Vaccination in Bombay 1856-1862 - 1856-1862
Year: 1856
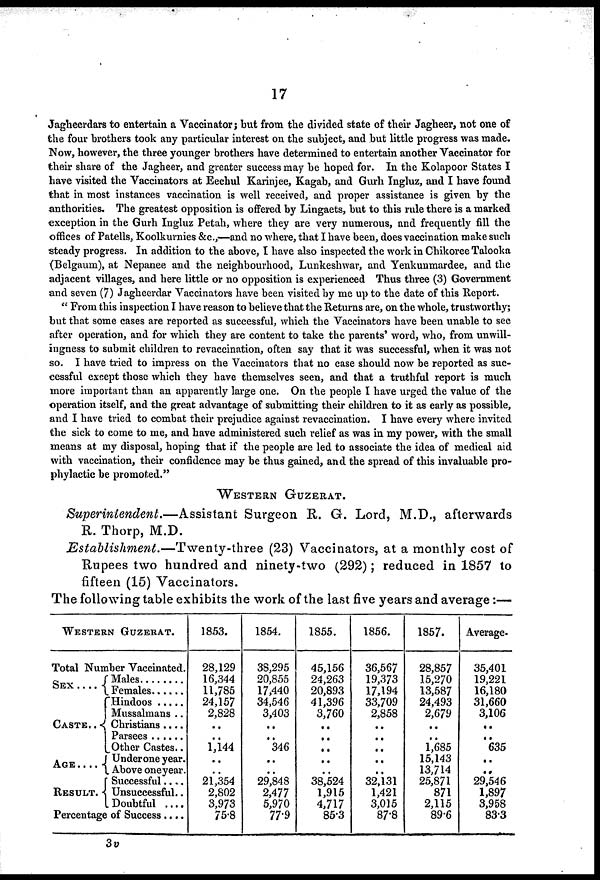
17
Jagheerdars to entertain a Vaccinator; but from the divided state of their Jagheer, not one of
the four brothers took any particular interest on the subject, and but little progress was made.
Now, however, the three younger brothers have determined to entertain another Vaccinator for
their share of the Jagheer, and greater success may be hoped for. In the Kolapoor States I
have visited the Vaccinators at Eechul Karinjee, Kagab, and Gurh Ingluz, and I have found
that in most instances vaccination is well received, and proper assistance is given by the
anthorities. The greatest opposition is offered by Lingaets, but to this rule there is a marked
exception in the Gurh Ingluz Petah, where they are very numerous, and frequently fill the
offices of Patells, Koolkurnies &c.,—and no where, that I have been, does vaccination make such
steady progress. In addition to the above, I have also inspected the work in Chikoree Talooka
(Belgaum), at Nepanee and the neighbourhood, Lunkeshwar, and Yenkunmardee, and the
adjacent villages, and here little or no opposition is experienced Thus three (3) Government
and seven (7) Jagheerdar Vaccinators have been visited by me up to the date of this Report.
"From this inspection I have reason to believe that the Returns are, on the whole, trustworthy;
but that some cases are reported as successful, which the Vaccinators have been unable to see
after operation, and for which they are content to take the parents' word, who, from unwill-
ingness to submit children to revaccination, often say that it was successful, when it was not
so. I have tried to impress on the Vaccinators that no case should now be reported as suc-
cessful except those which they have themselves seen, and that a truthful report is much
more important than an apparently large one. On the people I have urged the value of the
operation itself, and the great advantage of submitting their children to it as early as possible,
and I have tried to combat their prejudice against revaccination. I have every where invited
the sick to come to me, and have administered such relief as was in my power, with the small
means at my disposal, hoping that if the people are led to associate the idea of medical aid
with vaccination, their confidence may be thus gained, and the spread of this invaluable pro-
phylactic be promoted."
WESTERN GUZERAT.
Superintendent.—Assistant Surgeon R. G. Lord, M.D., afterwards
R. Thorp, M.D.
Establishment.—Twenty-three
(23) Vaccinators, at a monthly cost of
Rupees two hundred and ninety-two (292); reduced in 1857 to
fifteen (15) Vaccinators.
The following table exhibits the work of the last five years and average:—
WESTERN GUZERAT.
Total Number Vaccinated.
SEX ....
CASTE..
AGE....
RESULT.
Males.......
Females ......
Hindoos.....
Mussalmans ..
Christians ....
Parsees......
Other Castes..
Under one year.
Above one year.
Successful....
Unsuccessful..
Doubtful ....
Percentage of Success....
1853.
28,129
16,344
11,785
24,157
2,828
..
..
1,144
..
..
21,354
2,802
3,973
75.8
1854.
38,295
20,855
17,440
34,546
3,403
..
..
346
..
..
29,848
2,477
5,970
77.9
1855.
45,156
24,263
20,893
41,396
3,760
..
..
..
..
..
38,524
1,915
4,717
85.3
1856.
36,567
19,373
17,194
33,709
2,858
..
..
..
..
..
32,131
1,421
3,015
87.8
1857.
28,857
15,270
13,587
24,493
2,679
..
..
1,685
15,143
13,714
25,871
871
2,115
89.6
Average.
35,401
19,221
16,180
31,660
3,106
..
..
635
..
..
29,546
1,897
3,958
83.3
3 v